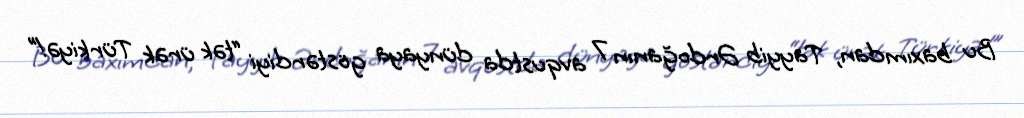
Bu baxımdan, Tayyib Ərdoğanın 7 avqustda dünyaya göstərdiyi “tək ürək Türkiyə!”